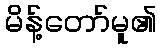
မိန့်တော်မူ၏